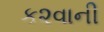
ક૨વાની